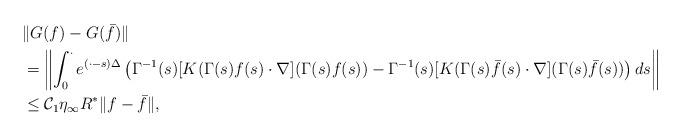
LaTeX: \begin{align*}\begin{aligned}&\|G(f)-G(\bar{f})\|\\&=\left\|\int_0^\cdot e^{(\cdot-s)\Delta}\left(\Gamma^{-1}(s)[K(\Gamma(s)f(s)\cdot\nabla](\Gamma(s)f(s))-\Gamma^{-1}(s)[K(\Gamma(s)\bar{f}(s)\cdot\nabla](\Gamma(s)\bar{f}(s))\right)ds\right\|\\&\leq \mathcal{C}_1\eta_\infty R^*\|f-\bar{f}\|,\end{aligned}\end{align*}